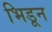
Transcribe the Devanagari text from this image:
भिडून